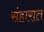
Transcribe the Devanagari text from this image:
संहारात